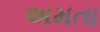
અમતા